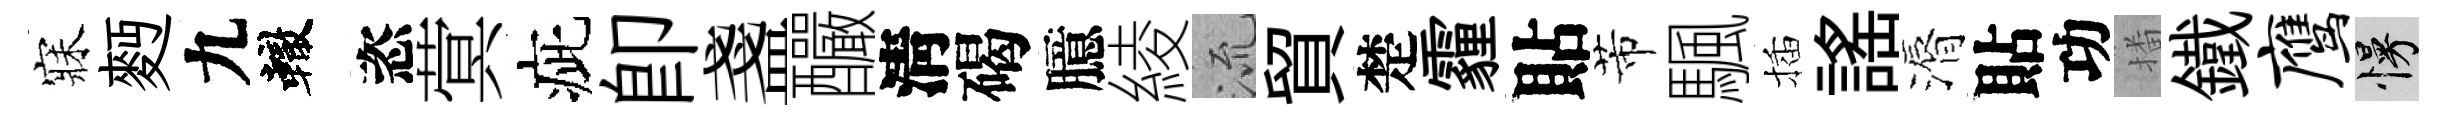
寐麪九轍恣蓂疵卽盞釅淸碣臆綾𣴑貿楚霾貼芾颿插謡漘貼功播鐵鹰慢